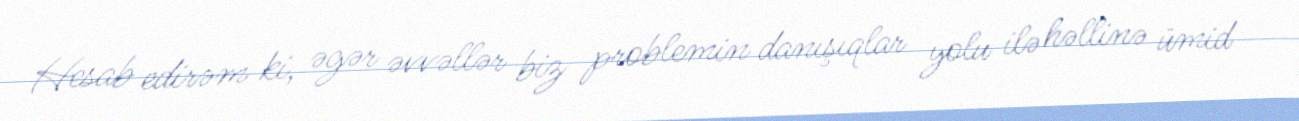
Hesab edirəm ki, əgər əvvəllər biz problemin danışıqlar yolu ilə həllinə ümid